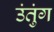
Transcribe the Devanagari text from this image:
उंतुंग